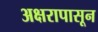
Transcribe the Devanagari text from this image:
अक्षरापासून